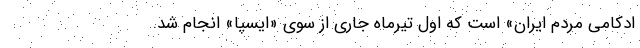
ادکامی مردم ایران» است که اول تیرماه جاری از سوی «ایسپا» انجام شد.